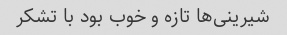
شیرینی‌ها تازه و خوب بود با تشکر